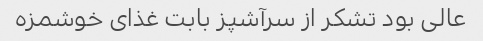
عالی بود تشکر از سرآشپز بابت غذای خوشمزه